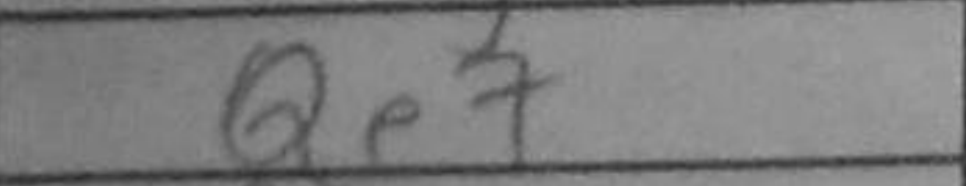
Transcription: Qe7